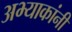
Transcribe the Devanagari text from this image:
अभ्याकांनी